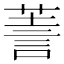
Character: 𧨅